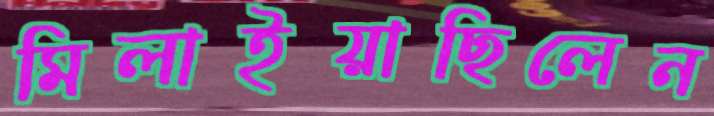
মিলাইয়াছিলেন